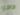
هاهو